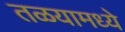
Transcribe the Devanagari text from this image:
तळयामध्ये